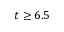
t \geq 6 . 5